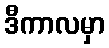
ဒီကာလမှာ